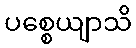
ပစ္စေယျာသိ